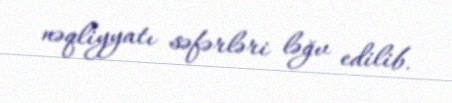
nəqliyyatı səfərləri ləğv edilib.